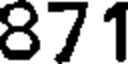
871